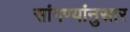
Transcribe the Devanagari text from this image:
सांगण्यांनुसार